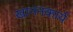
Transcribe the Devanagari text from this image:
खाननकार्य